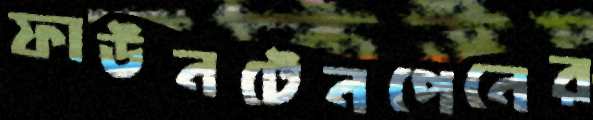
ফাউনটেনপেনের